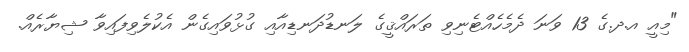
"މިއީ އ.ދ.ގެ 13 ވަނަ ދެމެހެއްޓެނިވި ތަރައްޤީގެ ލަނޑުދަނޑިއާއި ގުޅުވައިގެން އެކުލެވިފައިވާ ޝިޔާރެއް.